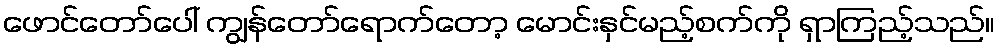
ဖောင်တော်ပေါ် ကျွန်တော်ရောက်တော့ မောင်းနှင်မည့်စက်ကို ရှာကြည့်သည်။